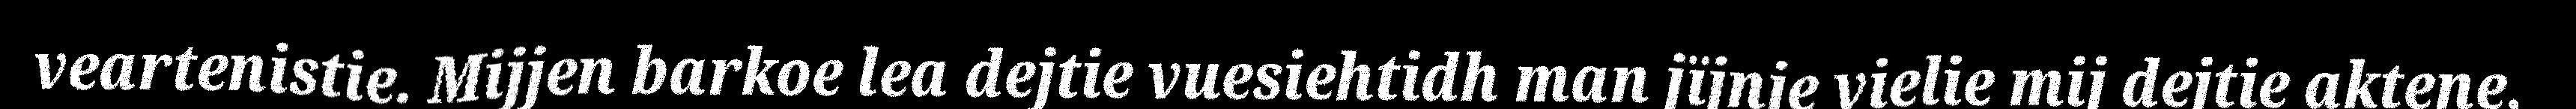
veartenistie. Mijjen barkoe lea dejtie vuesiehtidh man jïjnje vielie mij dejtie aktene,